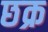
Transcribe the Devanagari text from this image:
छक्र